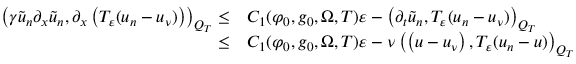
\begin{array} { r l } { \left( \gamma \tilde { u } _ { n } \partial _ { x } \tilde { u } _ { n } , \partial _ { x } \left( T _ { \varepsilon } ( u _ { n } - u _ { \nu } ) \right) \right) _ { Q _ { T } } \leq } & { C _ { 1 } ( \varphi _ { 0 } , g _ { 0 } , \Omega , T ) \varepsilon - \left( \partial _ { t } \tilde { u } _ { n } , T _ { \varepsilon } ( u _ { n } - u _ { \nu } ) \right) _ { Q _ { T } } } \\ { \leq } & { C _ { 1 } ( \varphi _ { 0 } , g _ { 0 } , \Omega , T ) \varepsilon - \nu \left( \left( u - u _ { \nu } \right) , T _ { \varepsilon } ( u _ { n } - u ) \right) _ { Q _ { T } } } \end{array}